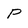
Character: P